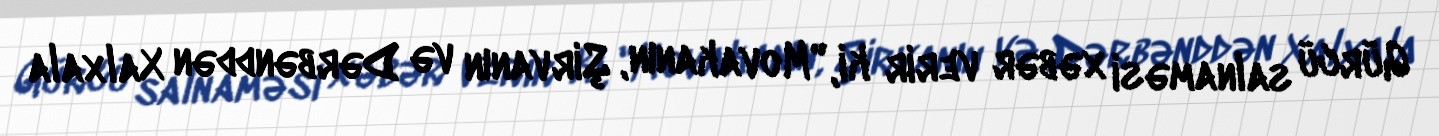
Gürcü salnaməsi xəbər verir ki, "Movakanın, Şirvanın və Dərbənddən Xalxala